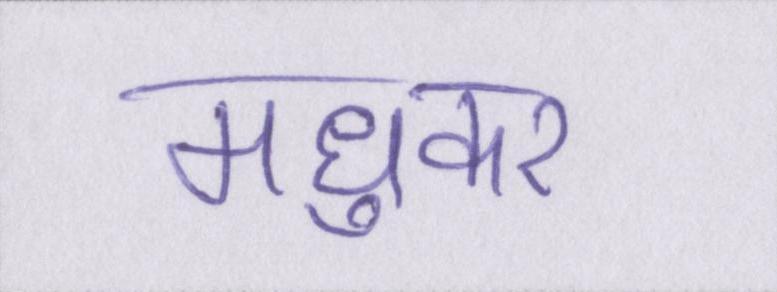
मधुकर